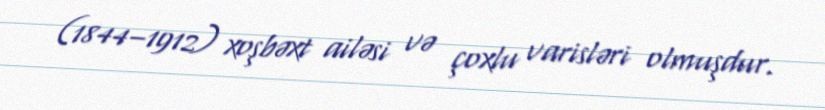
(1844–1912) xoşbəxt ailəsi və çoxlu varisləri olmuşdur.